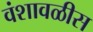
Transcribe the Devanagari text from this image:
वंशावळीस